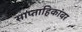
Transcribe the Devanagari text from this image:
साप्ताहिकांवर